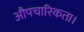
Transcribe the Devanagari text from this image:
औपचारिकता।